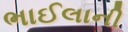
ભાઈલાની